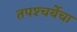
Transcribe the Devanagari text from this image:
तपश्‍चर्येचा